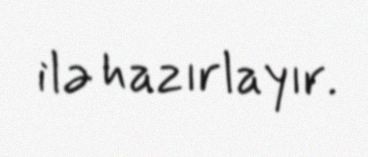
ilə hazırlayır.